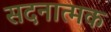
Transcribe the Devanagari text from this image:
सदनात्मक